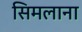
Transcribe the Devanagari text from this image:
सिमलाना